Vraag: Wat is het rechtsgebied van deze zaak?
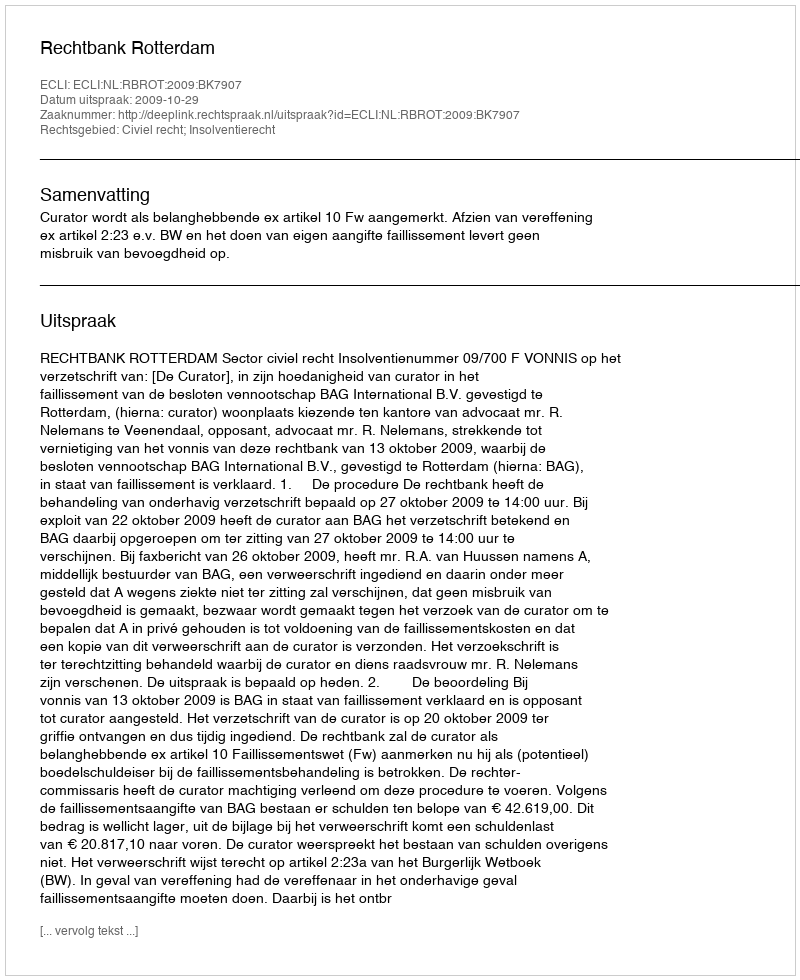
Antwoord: Civiel recht; Insolventierecht